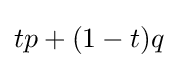
tp+(1-t)q